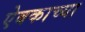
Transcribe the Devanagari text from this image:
ऐबकाच्या